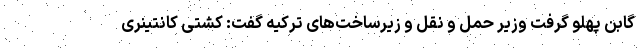
گابن پهلو گرفت وزیر حمل و نقل و زیرساخت‌های ترکیه گفت: کشتی کانتینری